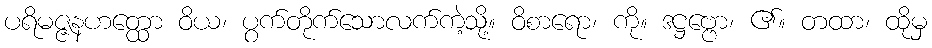
ပရိမဇ္ဇနဟတ္ထော ဝိယ၊ ပွက်တိုက်သောလက်ကဲ့သို့။ ဝိစာရော၊ ကို။ ဒဋ္ဌဗ္ဗော၊ ၏။ တထာ၊ ထိုမှ